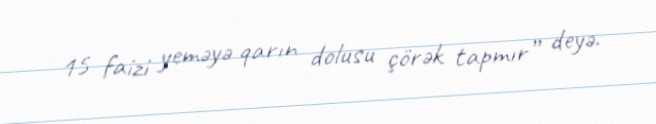
15 faizi yeməyə qarın dolusu çörək tapmır” deyə.